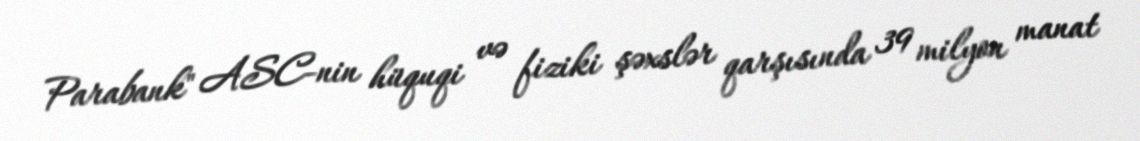
Parabank" ASC-nin hüquqi və fiziki şəxslər qarşısında 39 milyon manat